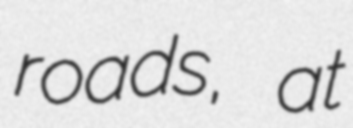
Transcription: roads, at